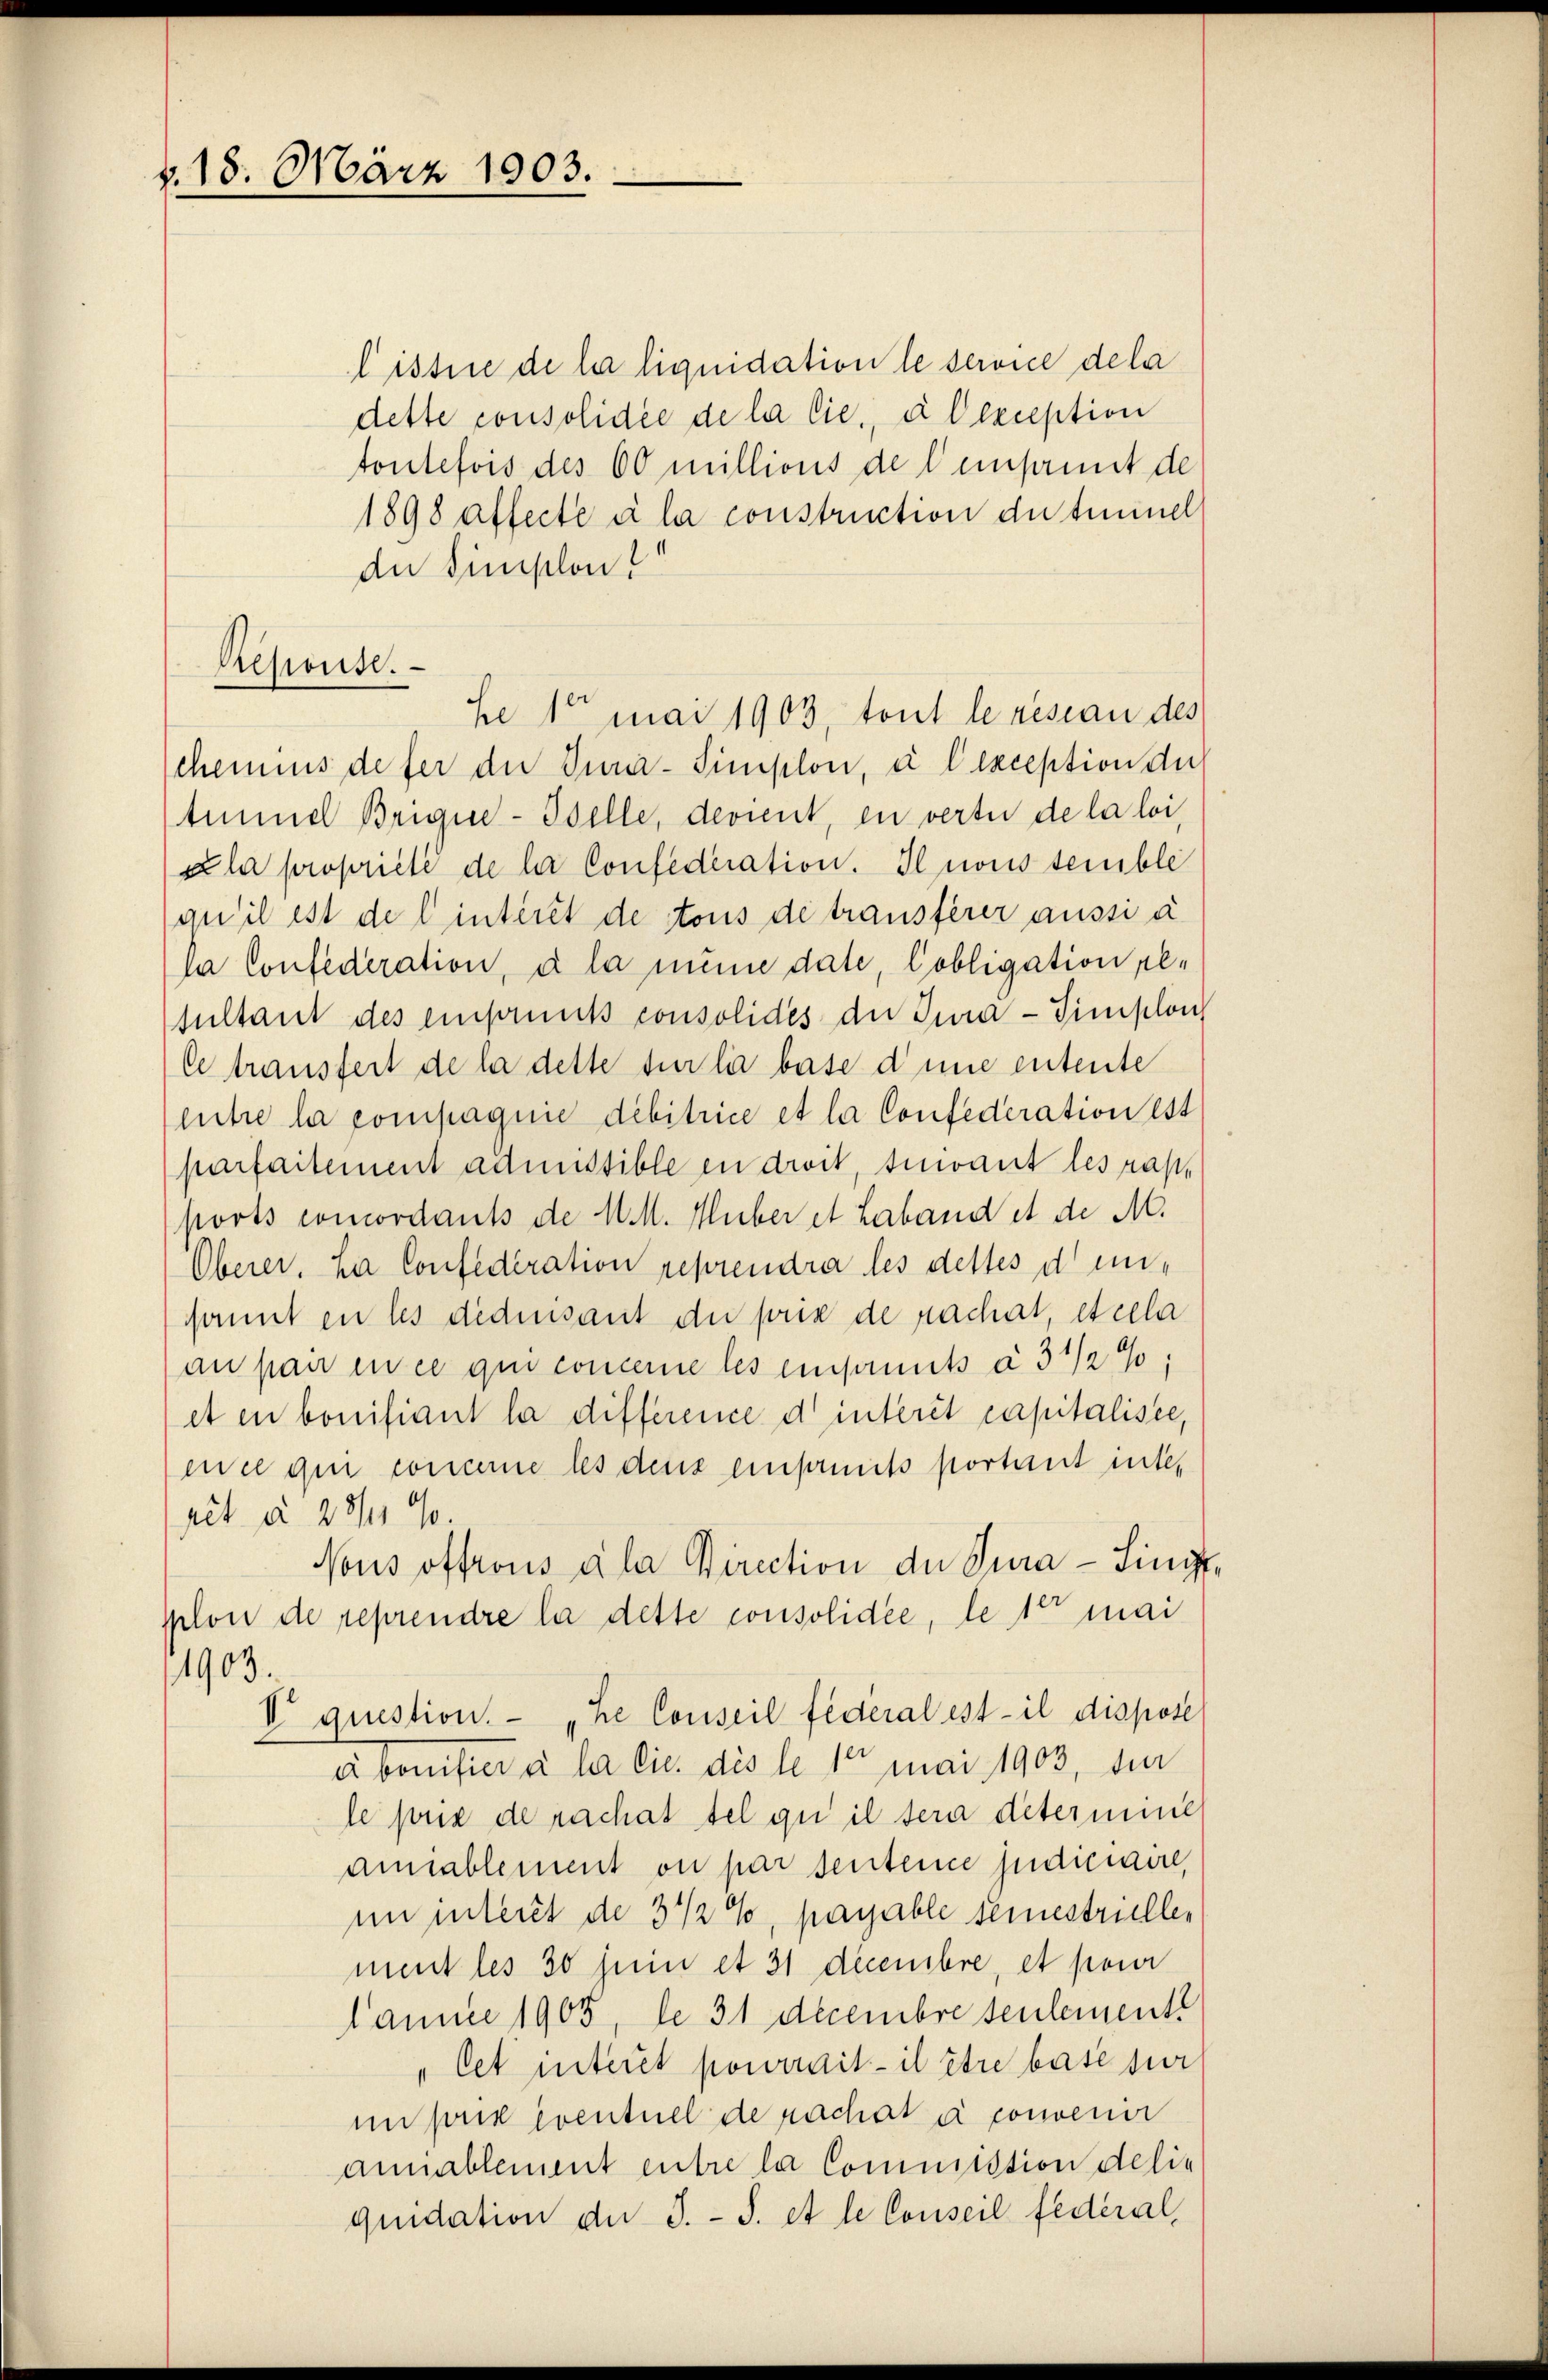
v. 18. März 1903.

listire de la liquidation le service dela
dette consolidee de la lie, à dexception
toutefois des 60 millions de lensant de
1898 affecte à la construction du timinel
du simplon
chemnis defer die Jura-Simplon, u l exception du
tmmel Brigue-Iselle, devient, en verte de la loi,
ula propriété de la Confederation. Il nous semble
quil ist de linteret de tous de träusserer aussi à
la Confederation, à la meine date, Pobligation pesultant des einfants consolides der Jura - Simplon
Ce trausfert de la dette sur la base d’une entente
suche la compagnie debitrice et la Confederation est
parfaitement admissible in droit, suivant les rasports concordants de M . Huber et Laband et de M.
Oberer. La Confederation reprendra les dettes densannt in les dedensant die prix de rachat, et cela
an par en ce qui concerne les einfants à 3 1/2%;
et en bonifiant la différence d’interit capitalisce,
me que concerne les dens einsmits portant inte,
rit à 27/1 10.
Nous offrons ala Direction der Jura - Singeplon de reprendre la dette consolidee, le 10 mai
1903.
V question. - „he Conseil féderal est il dispose
a bonifier à la die dis le 1 mai 1903, die
le prix de rachal tel zu il sera détermie
amiablement ou par sentence judiciaire,
im intert de 3 ½ %, pagable seinestriellen
ment les 30 sein et 31 decembre, et pour
kamme 1905, de 31 Decembre seulements
"Cet interet pourrait - il être base sur
inpack eventuel de nachat à convenir
annablement entre la Commission delis
quidation der S. S. et le Conseil fédéral,

Resionse.

he 1 mai 1903, tout le resian des